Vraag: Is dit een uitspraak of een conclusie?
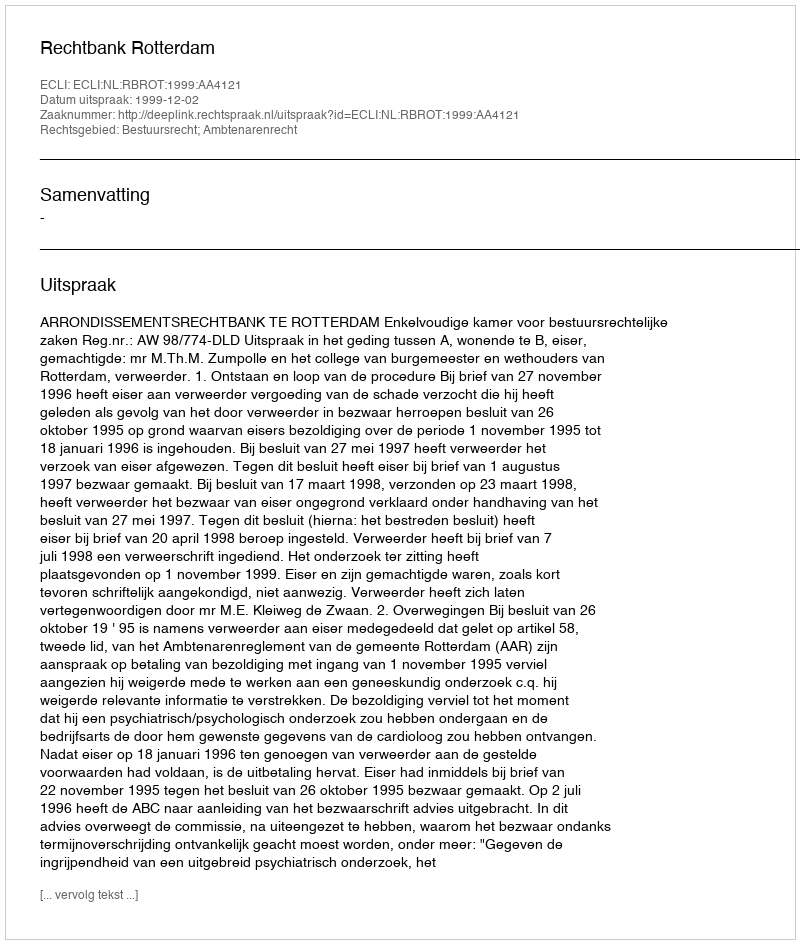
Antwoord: Uitspraak